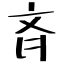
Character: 斉